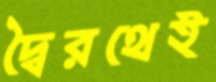
দ্বৈরথেই